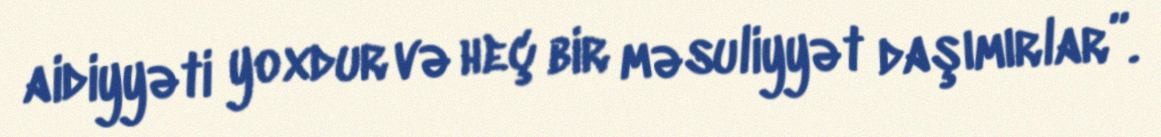
aidiyyəti yoxdur və heç bir məsuliyyət daşımırlar”.